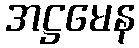
အဋ္ဌမေန